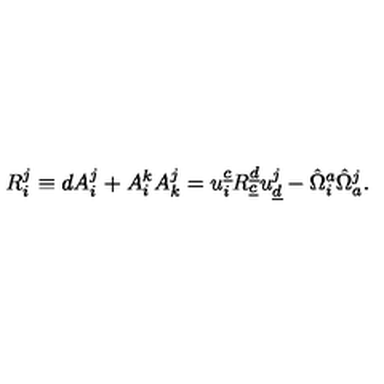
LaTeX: R _ { i } ^ { j } \equiv d A _ { i } ^ { j } + A _ { i } ^ { k } A _ { k } ^ { j } = u _ { i } ^ { \underline { c } } R _ { \underline { c } } ^ { \underline { d } } u _ { \underline { d } } ^ { j } - \hat { \Omega } _ { i } ^ { a } \hat { \Omega } _ { a } ^ { j } .